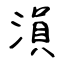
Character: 溳